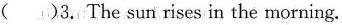
( )3.The sun rises in the morning.